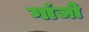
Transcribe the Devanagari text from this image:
गांजो